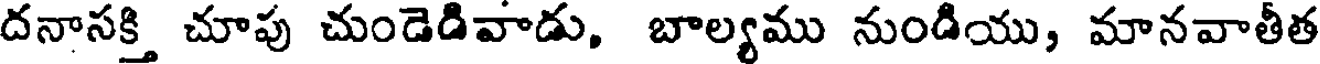
దనాసక్తి చూపు చుండెడివాడు, బాల్యము నుండియు, మానవాతీత